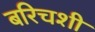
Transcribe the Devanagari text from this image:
बरिचशी